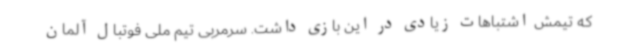
که تیمش اشتباهات زیادی در این بازی داشت. سرمربی تیم ملی فوتبال آلمان